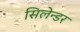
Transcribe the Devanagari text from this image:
सिलेन्डर